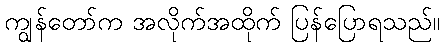
ကျွန်တော်က အလိုက်အထိုက် ပြန်ပြောရသည်။